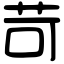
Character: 苛